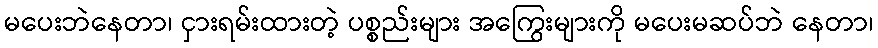
မပေးဘဲနေတာ၊ ငှားရမ်းထားတဲ့ ပစ္စည်းများ အကြွေးများကို မပေးမဆပ်ဘဲ နေတာ၊